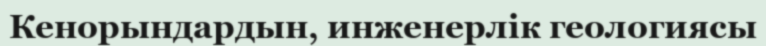
Кенорындардын, инженерлік геологиясы